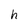
Character: h